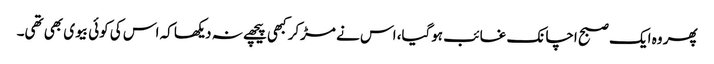
پھر وہ ایک صبح اچانک غائب ہوگیا، اس نے مڑکر کبھی پیچھے نہ دیکھا کہ اس کی کوئی بیوی بھی تھی۔